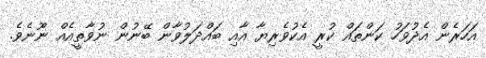
އަހަރެން އެދުވަހު ކަންތައް ކުރީ އެކުވެރިޔާ އާއި ބައްދަލުވާން ބޭނުން ނުވާތީއެއް ނޫނެވެ.